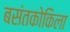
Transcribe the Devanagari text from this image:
बसंतकोकिला